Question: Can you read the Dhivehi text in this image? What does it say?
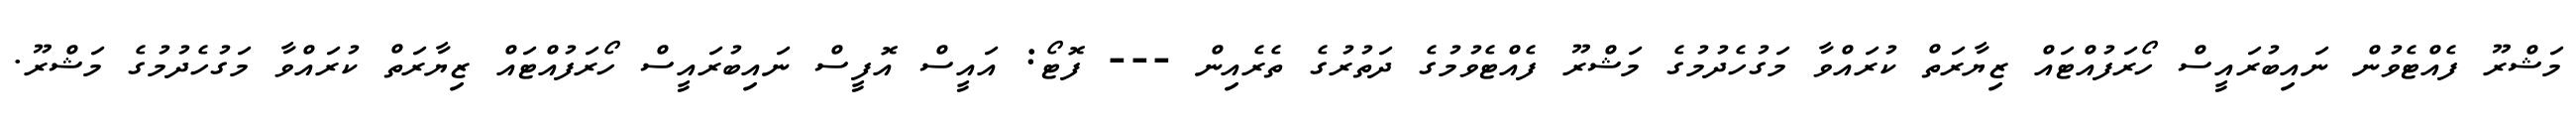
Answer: މަޝްރޫ ފެއްޓެވުން ނައިބުރައީސް ހޯރަފުއްޓައް ޒިޔާރަތް ކުރައްވާ މަގުހެދުމުގެ މަޝްރޫ ފެއްޓެވުމުގެ ދަތުރުގެ ތެރެއިން --- ފޮޓޯ: އައީސް އޮފީސް ނައިބުރައީސް ހޯރަފުއްޓައް ޒިޔާރަތް ކުރައްވާ މަގުހެދުމުގެ މަޝްރޫ.